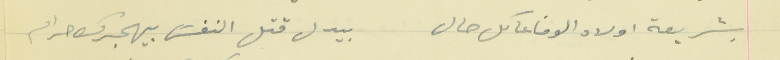
بشريعة اولاد الوفا عا كل حال                             بيدل قتل النفسَ بيهجرك حرام